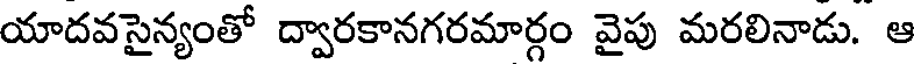
యాదవసైన్యంతో ద్వారకానగరమార్గం వైపు మరలినాడు. ఆ